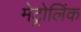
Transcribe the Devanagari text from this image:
मेट्रोलिंक